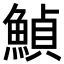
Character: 𩹰